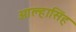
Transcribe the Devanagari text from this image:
आल्हासिंह